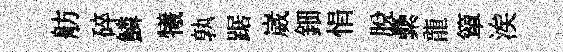
舫碎鱗犧孰踞崴鈿悁脱纍龍簞涘